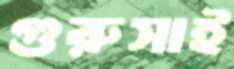
গুরুসাই